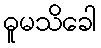
ဓူမသိခေါ